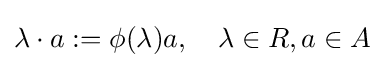
\lambda \cdot a:=\phi (\lambda )a,\quad \lambda \in R,a\in A